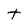
Character: t